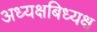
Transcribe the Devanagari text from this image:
अध्यक्षबिध्यक्ष